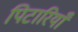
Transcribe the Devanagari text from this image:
पिटारियाँ